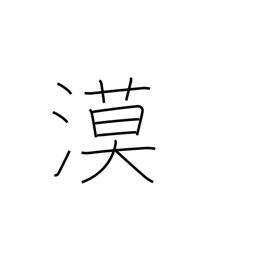
Meaning: desert